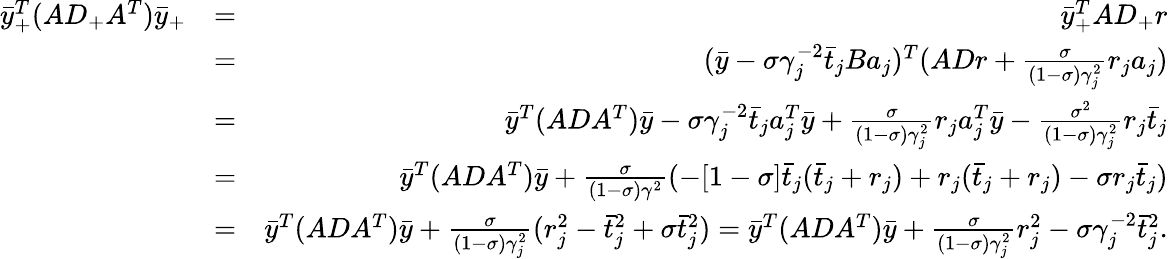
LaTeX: \begin{array}{rlr}{\bar{y}_{+}^{T}(AD_{+}A^{T})\bar{y}_{+}}&{=}&{\bar{y}_{+}^{T}AD_{+}r}\\ &{=}&{(\bar{y}-\sigma\gamma_{j}^{-2}\bar{t}_{j}Ba_{j})^{T}(ADr+\frac{\sigma}{(1-\sigma)\gamma_{j}^{2}}r_{j}a_{j})}\\ &{=}&{\bar{y}^{T}(ADA^{T})\bar{y}-\sigma\gamma_{j}^{-2}\bar{t}_{j}a_{j}^{T}\bar{y}+\frac{\sigma}{(1-\sigma)\gamma_{j}^{2}}r_{j}a_{j}^{T}\bar{y}-\frac{\sigma^{2}}{(1-\sigma)\gamma_{j}^{2}}r_{j}\bar{t}_{j}}\\ &{=}&{\bar{y}^{T}(ADA^{T})\bar{y}+\frac{\sigma}{(1-\sigma)\gamma^{2}}(-[1-\sigma]\bar{t}_{j}(\bar{t}_{j}+r_{j})+r_{j}(\bar{t}_{j}+r_{j})-\sigma r_{j}\bar{t}_{j})}\\ &{=}&{\bar{y}^{T}(ADA^{T})\bar{y}+\frac{\sigma}{(1-\sigma)\gamma_{j}^{2}}(r_{j}^{2}-\bar{t}_{j}^{2}+\sigma\bar{t}_{j}^{2})=\bar{y}^{T}(ADA^{T})\bar{y}+\frac{\sigma}{(1-\sigma)\gamma_{j}^{2}}r_{j}^{2}-\sigma\gamma_{j}^{-2}\bar{t}_{j}^{2}.}\end{array}